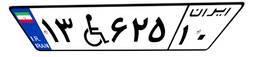
۵۲W۷۸۸۳۵